65_HS1-834228961_62-HQ-83894_Section_9
Agency: FBI
Page 122
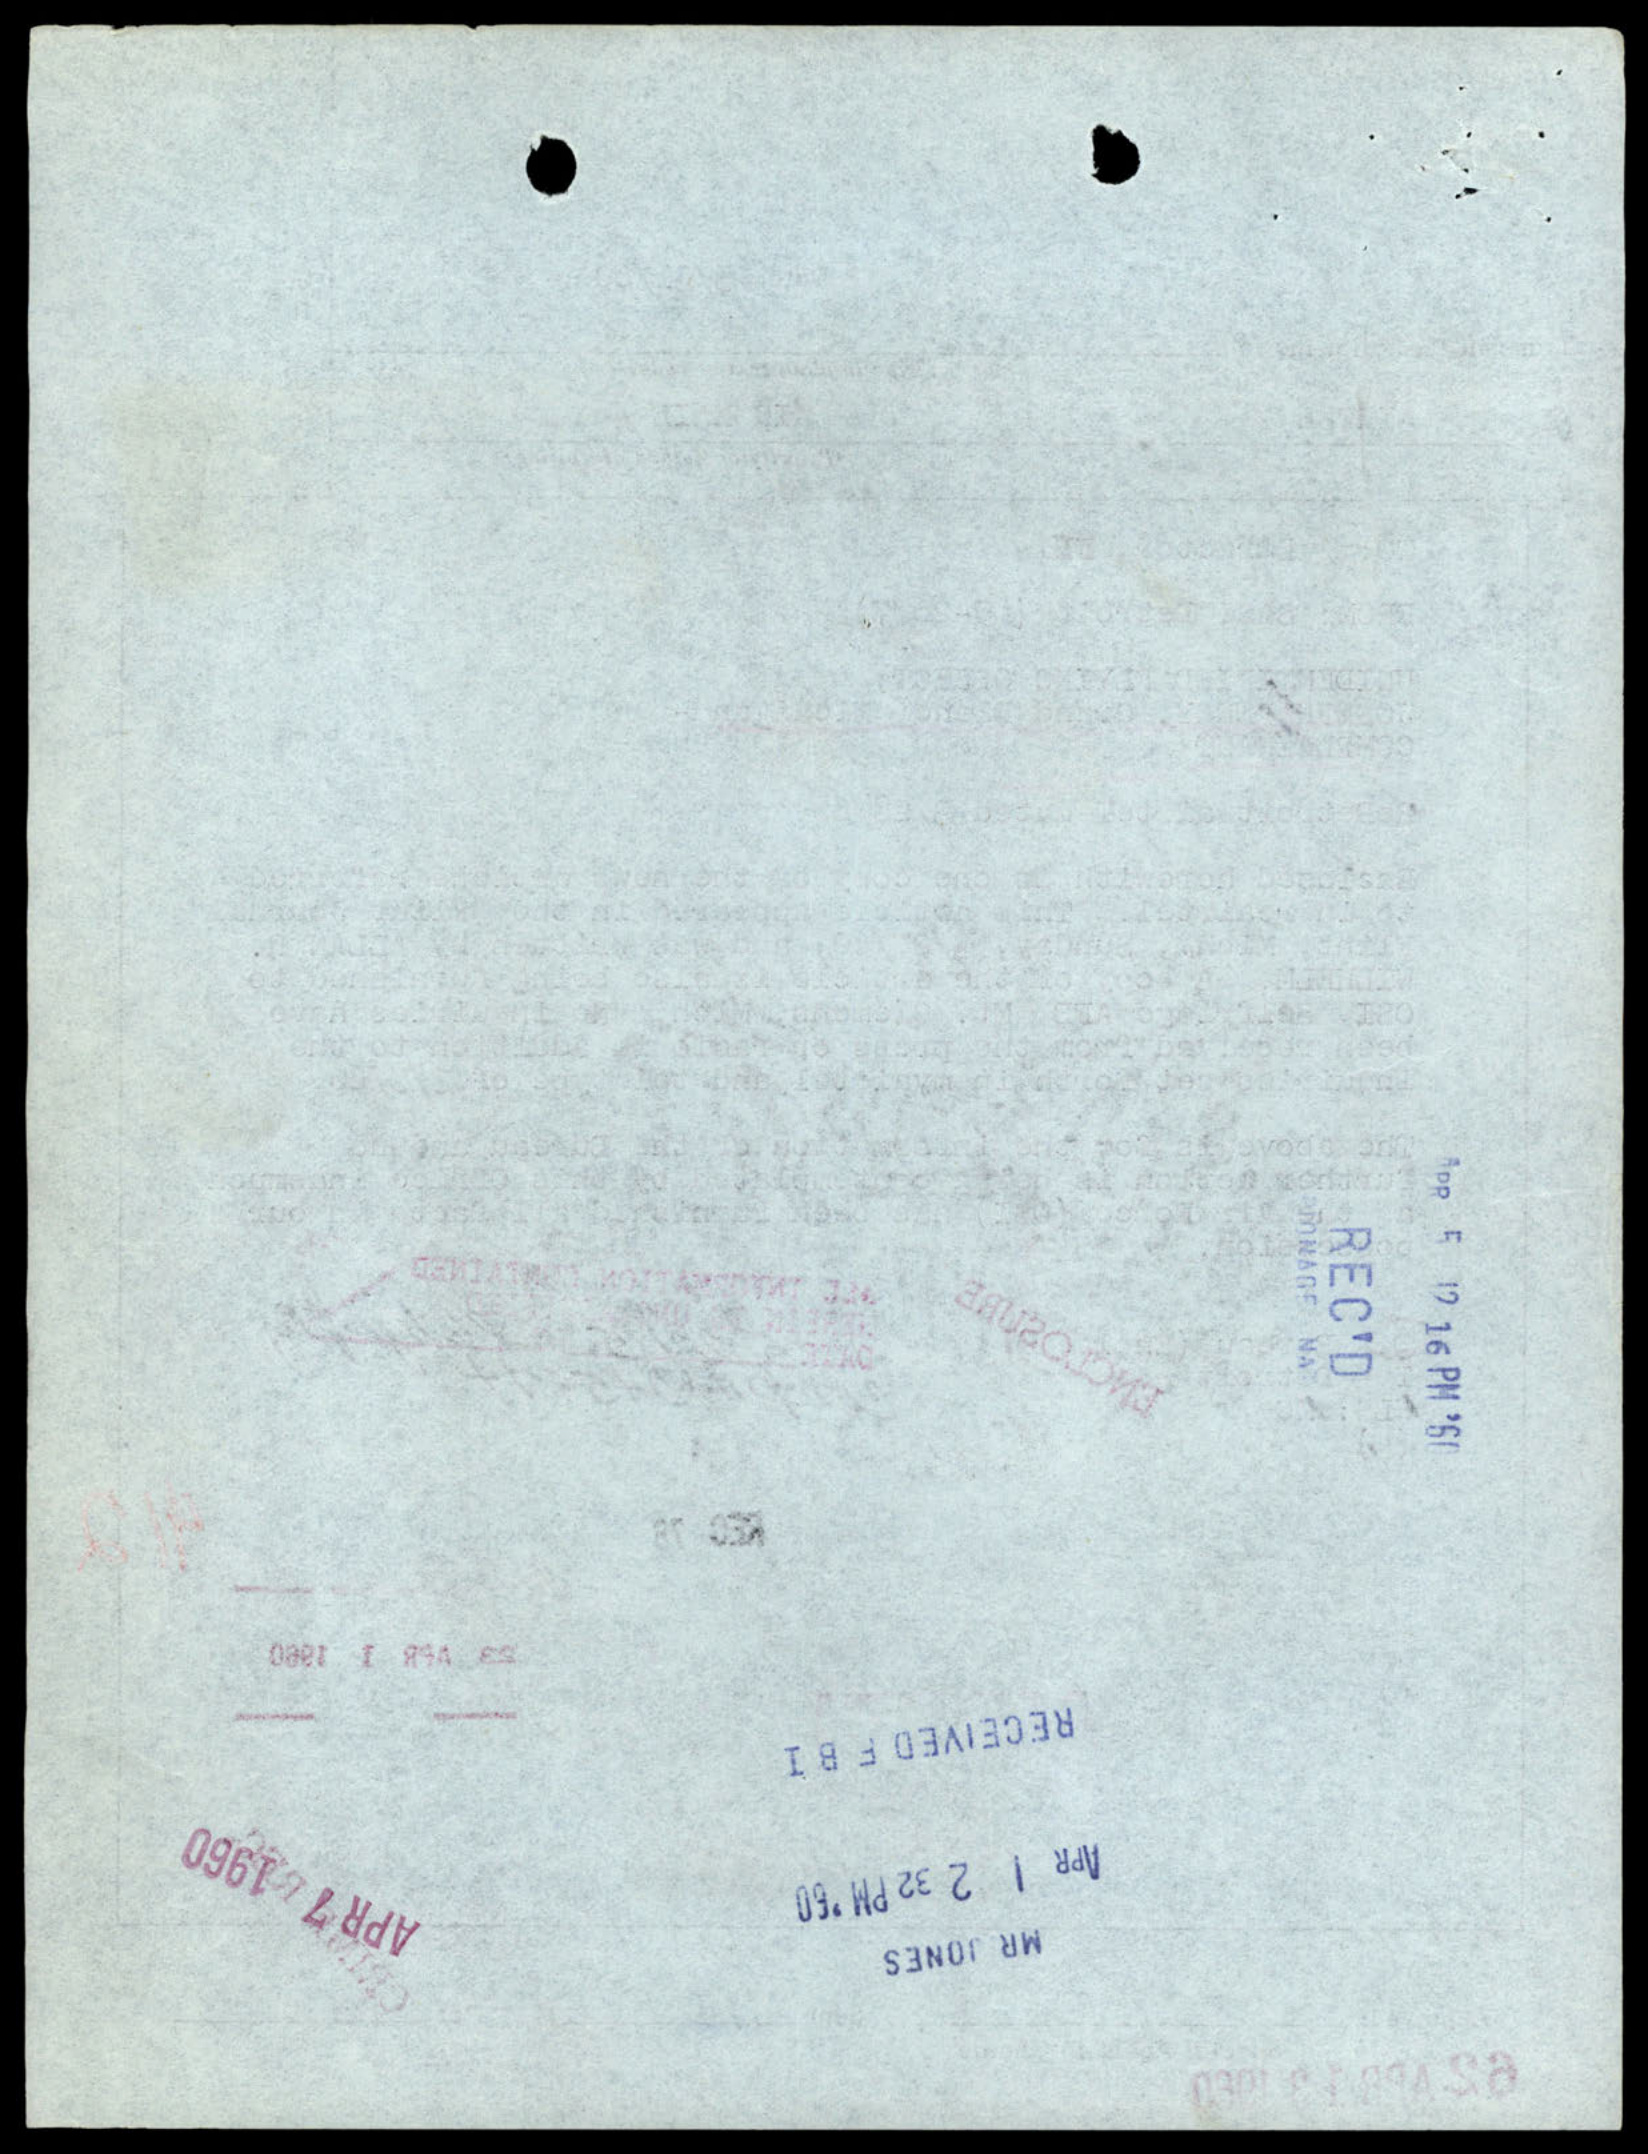